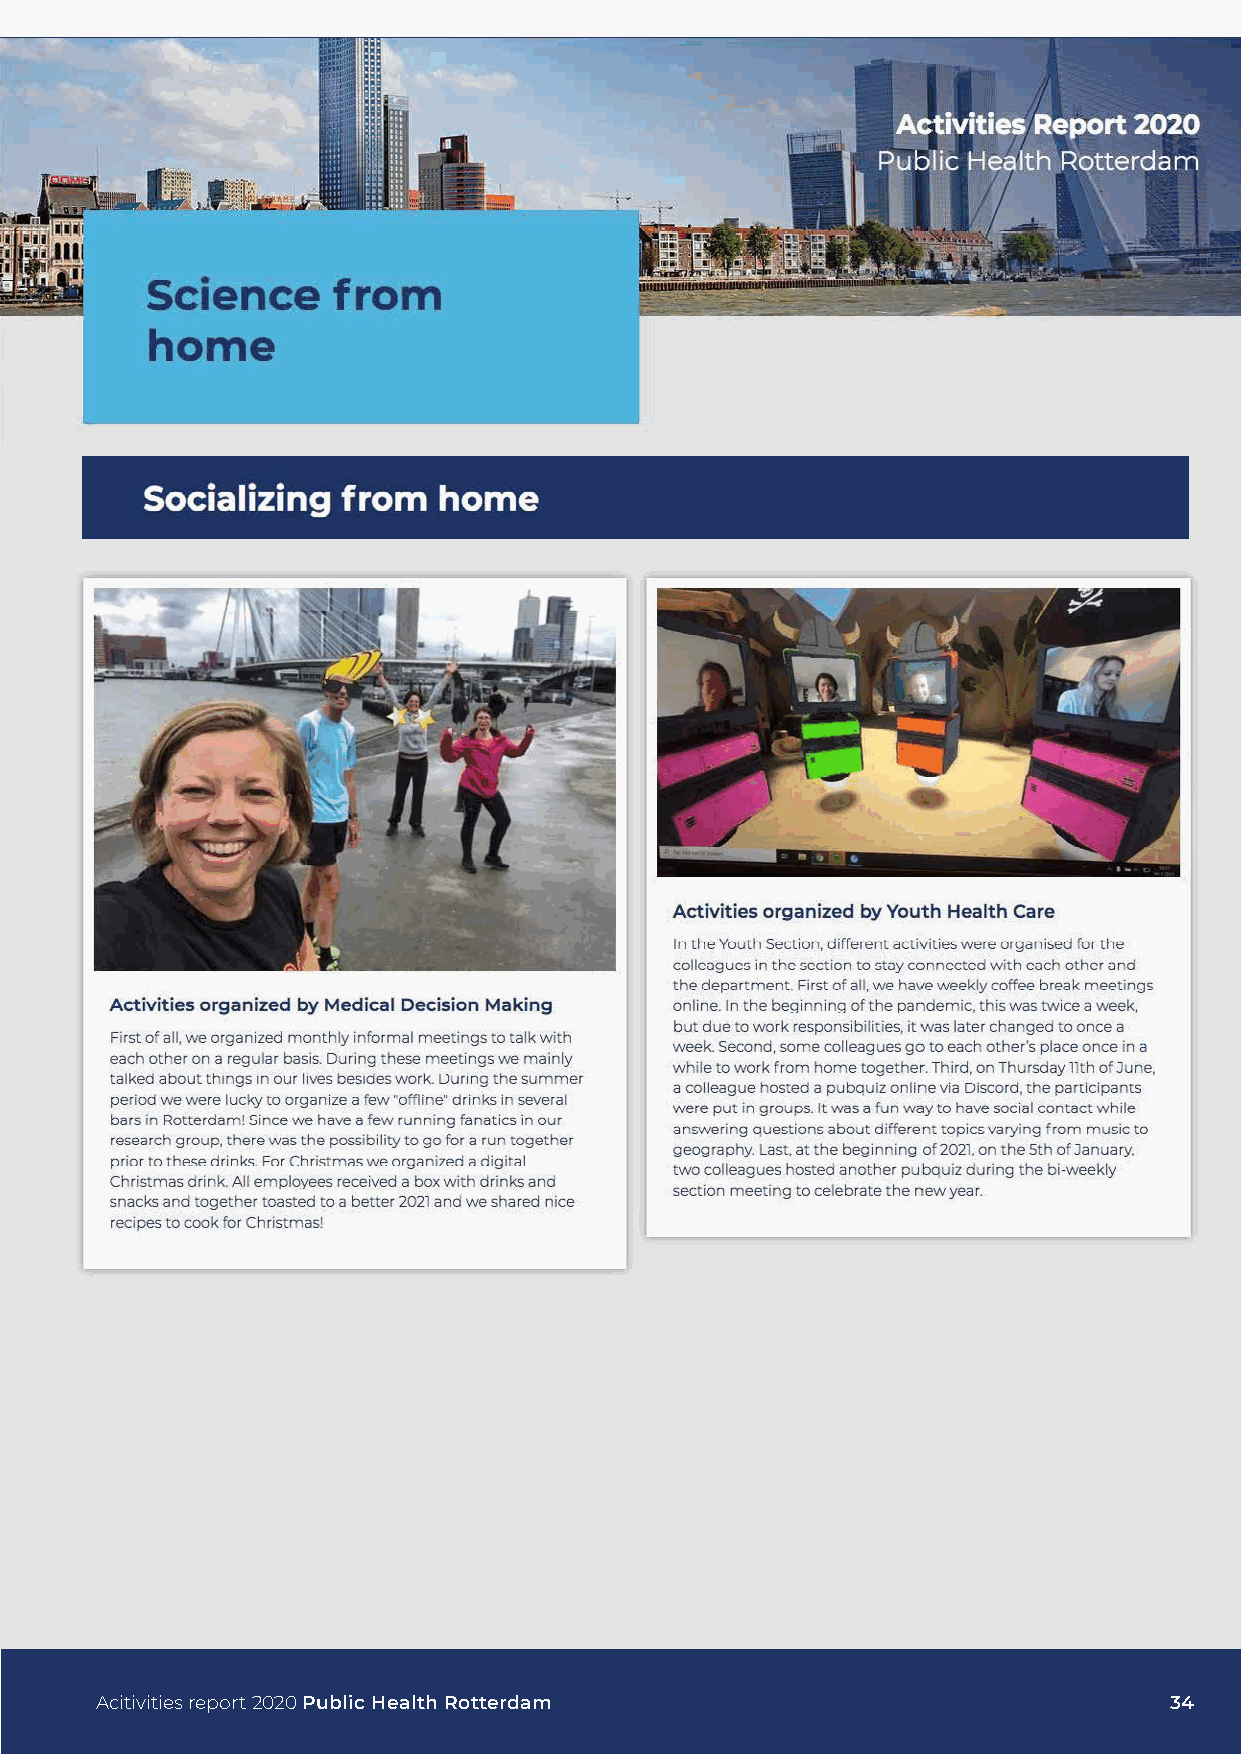
Acitivities report 2020 Public Health Rotterdam                        34